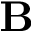
\mathbf { B }